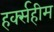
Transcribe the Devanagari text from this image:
हर्क्सहीम